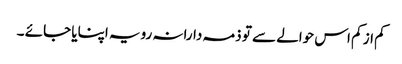
کم از کم اس حوالے سے تو ذمہ دارانہ رویہ اپنایا جائے ۔